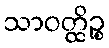
သာဝတ္ထိဉ္စ